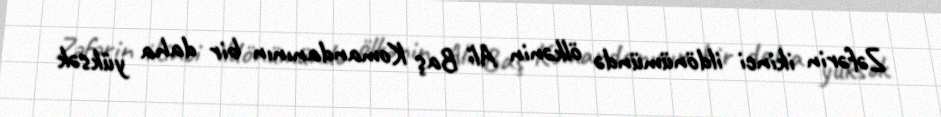
Zəfərin ikinci ildönümündə ölkənin Ali Baş Komandanının bir daha yüksək